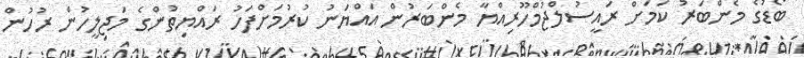
ބޯޑުގެ މެންބަރު ކަމަށް ރައީސުލްޖުމްހޫރިއްޔާ މެންބަރުން އައްޔަނު ކުރުމަށްފަހު ރައްޔިތުންގެ މަޖިލީހުން ރުހުން